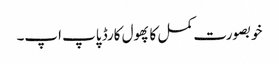
خوبصورت کمل کا پھول کارڈ پاپ اپ۔